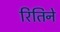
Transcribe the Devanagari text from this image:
रितिने